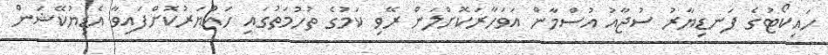
ހައިކޯޓުގެ ފަނޑިޔާރު ސުޖާއު އުސްމާން އަވަހާރަކޮށްލަން ރޭވި ކަމުގެ ތުހުމަތުގައި ހައްޔަރުކޮށްފައިވާ އެޑިޔުކޭޝަން